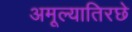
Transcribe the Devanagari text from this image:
अमूल्यातिरछे